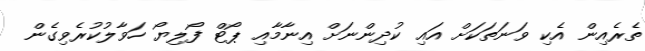
ތެރެއިން އެކި ވަނަތަކަށް އައި ކުދިންނަށް އިނާމާއި ޕޯޓް ފޯލިޔޯ ހަވާލުކުރެވިގެން